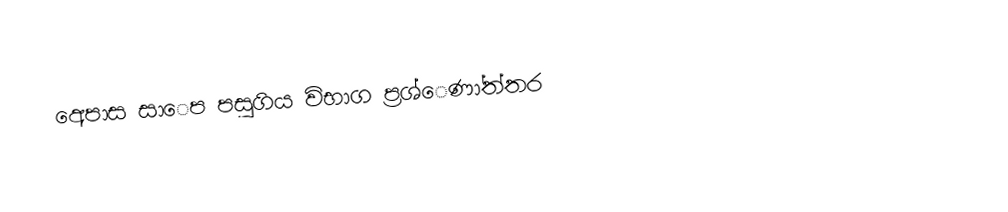
අෙපාස සාෙප පසුගිය විභාග ප්‍රශ්ෙණා්ත්තර